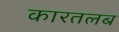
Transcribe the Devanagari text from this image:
कारतलब